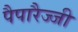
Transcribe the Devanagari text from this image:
पैपारैज्जी